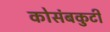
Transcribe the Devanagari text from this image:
कोसंबकुटी